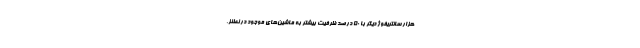
هزار سانتریفوژ دیگر با ۵۰ درصد ظرفیت بیشتر به ماشین‌های موجود در نطنز،